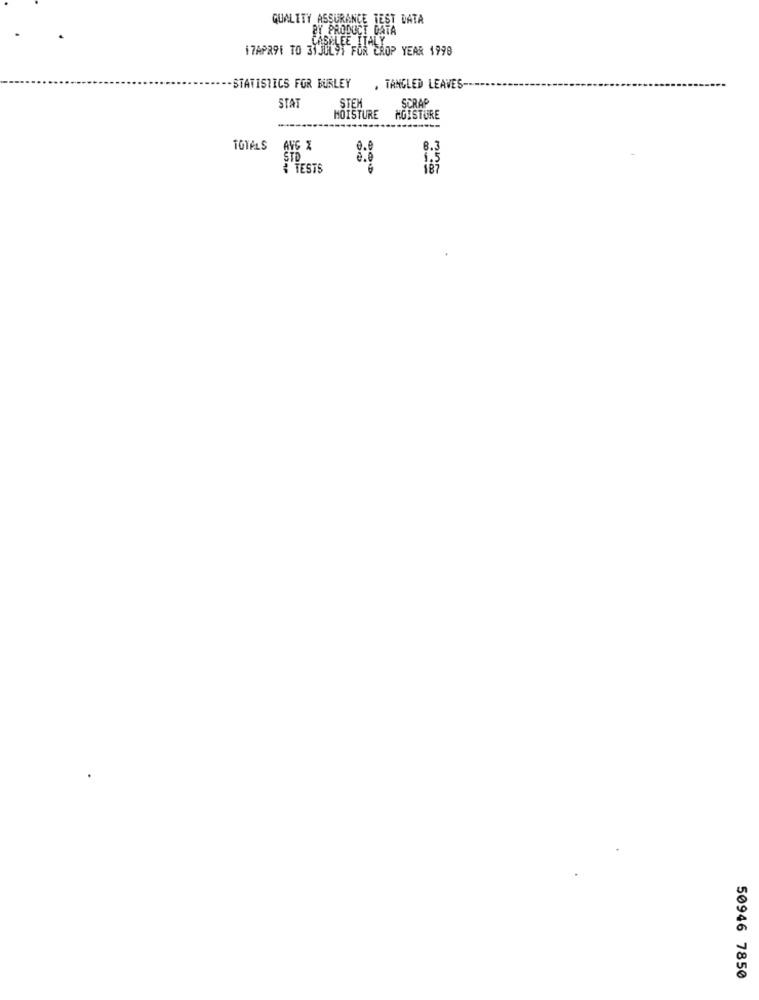
QUALITY ASSURANCE TEST DATA
BY PRODUCT DATA
CASELEE ITALY
17APR91 TO 31JUL9) FOR CROP YEAR 1998
-STATISTICS FOR BURLEY
. TANGLED LEAVES
STEH
SCRAP
STA
MOISTURE
MOISTURE
-------
TOTALS
AVG X
8.3
STD
1:5
TESTS
187
50946 7850